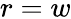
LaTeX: r=w